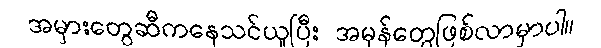
အမှားတွေဆီကနေသင်ယူပြီး အမှန်တွေဖြစ်လာမှာပါ။